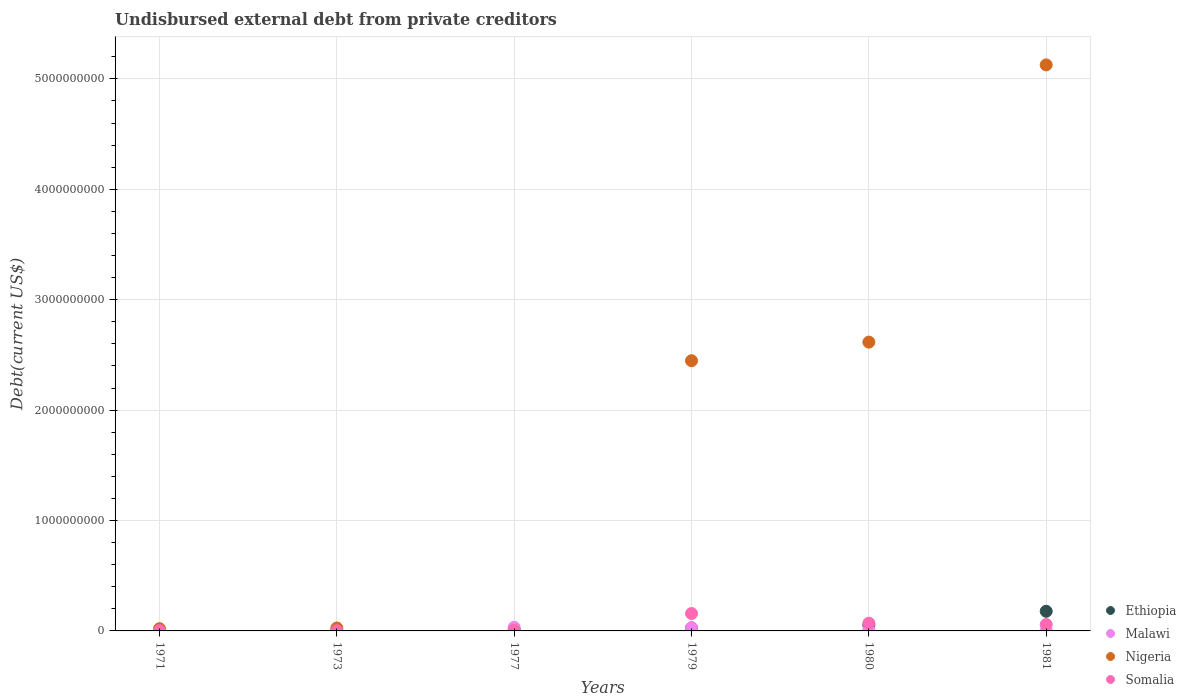
| Years | Ethiopia | Malawi | Nigeria | Somalia |
 | --- | --- | --- | --- | --- |
 | 1971 | 1.16e+06 | 6.45e+06 | 2.04e+07 | 2.71e+06 |
 | 1973 | 4.57e+06 | 3.12e+05 | 2.67e+07 | 1e+06 |
 | 1977 | 6.89e+06 | 3.21e+07 | 2.79e+06 | 4.53e+06 |
 | 1979 | 2.71e+07 | 2.87e+07 | 2.45e+09 | 1.58e+08 |
 | 1980 | 5.35e+07 | 1e+07 | 2.62e+09 | 7.03e+07 |
 | 1981 | 1.78e+08 | 3.81e+06 | 5.13e+09 | 5.82e+07 |